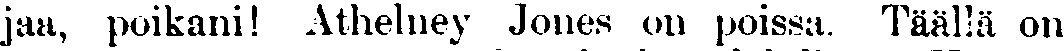
jaa, poikani! Athelney Jones on poissa. Täällä on